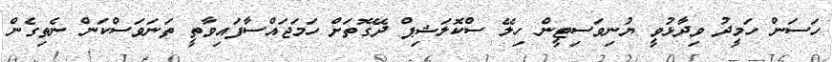
ހަސަން ހަމީދު ވިދާޅުވީ ޔުނިވަސިޓީން ހިލޭ ސްކޮލަޝިޕް ދޭގޮތަށް ހަމަޖައްސާފައިވާތީ ތަނަވަސްކަން ނެތިގެން